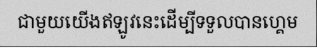
ជាមួយយើងឥឡូវនេះដើម្បីទទួលបានហ្គេម